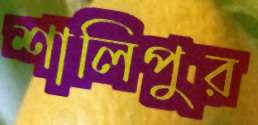
শালিপুর